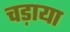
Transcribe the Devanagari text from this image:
चड़ाया